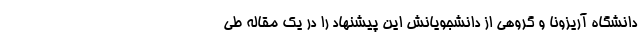
دانشگاه آریزونا و گروهی از دانشجویانش این پیشنهاد را در یک مقاله طی